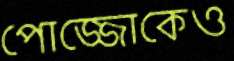
পোজ্জোকেও